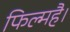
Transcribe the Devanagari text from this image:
फिल्महै।